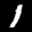
Label: 1